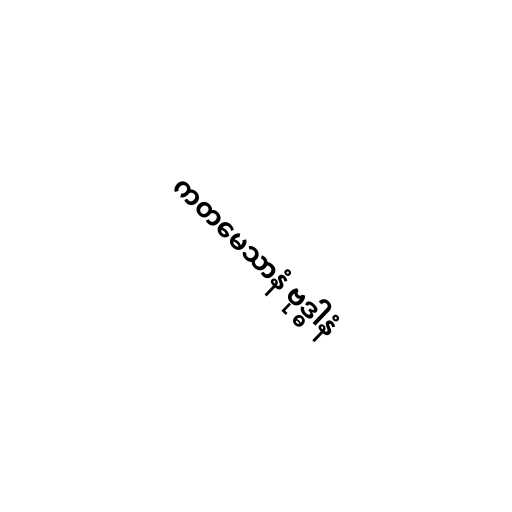
ကတမေသာနံ ဗုဒ္ဓါနံ